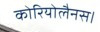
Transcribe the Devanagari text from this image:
कोरियोलैनस।